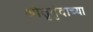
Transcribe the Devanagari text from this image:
श्रोतृवृंदाच्या